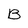
Character: B